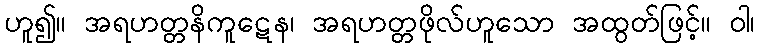
ဟူ၍။ အရဟတ္တနိကူဋေန၊ အရဟတ္တဖိုလ်ဟူသော အထွတ်ဖြင့်။ ဝါ၊